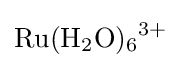
{\ce {Ru(H2O)6^3+}}